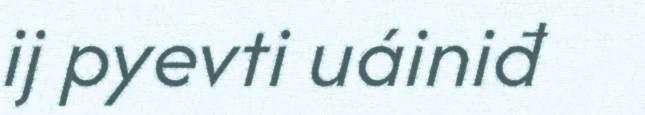
ij pyevti uáiniđ